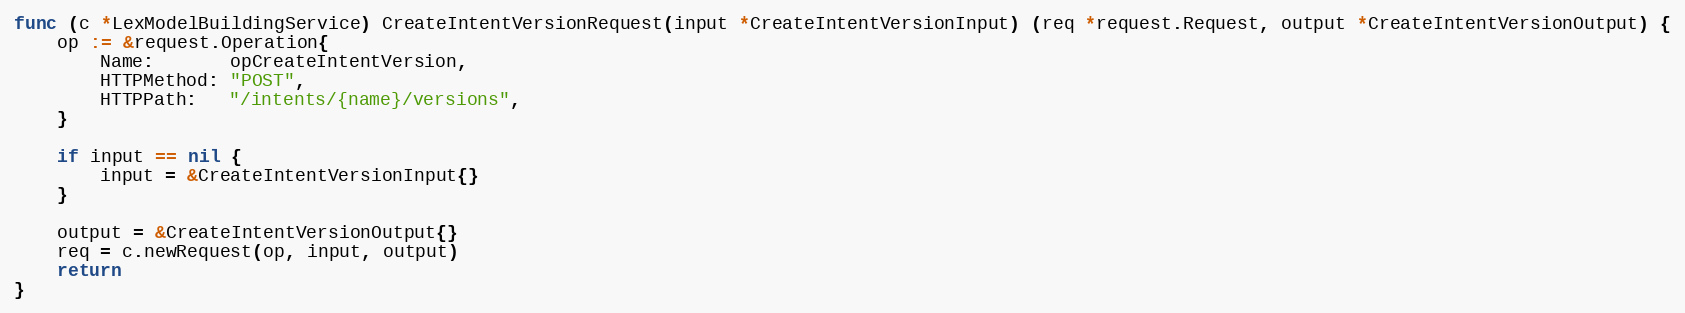
Language: Go
func (c *LexModelBuildingService) CreateIntentVersionRequest(input *CreateIntentVersionInput) (req *request.Request, output *CreateIntentVersionOutput) {
	op := &request.Operation{
		Name:       opCreateIntentVersion,
		HTTPMethod: "POST",
		HTTPPath:   "/intents/{name}/versions",
	}

	if input == nil {
		input = &CreateIntentVersionInput{}
	}

	output = &CreateIntentVersionOutput{}
	req = c.newRequest(op, input, output)
	return
}